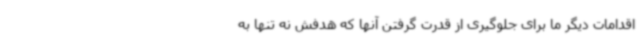
اقدامات دیگر ما برای جلوگیری از قدرت گرفتن آنها که هدفش نه تنها به